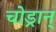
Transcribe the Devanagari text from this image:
चोड्रान्‌